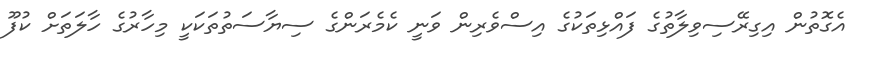
އެގޮތުން އިގިރޭސިވިލާތުގެ ފައްޅިތަކުގެ އިސްވެރިން ވަނީ ކެމެރަންގެ ސިޔާސަތުތަކަކީ މިހާރުގެ ހާލަތަށް ކުފޫ